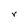
Character: V